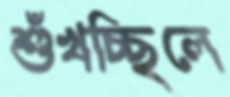
শুঁখচ্ছিলে